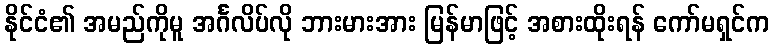
နိုင်ငံ၏ အမည်ကိုမူ အင်္ဂလိပ်လို ဘားမားအား မြန်မာဖြင့် အစားထိုးရန် ကော်မရှင်က